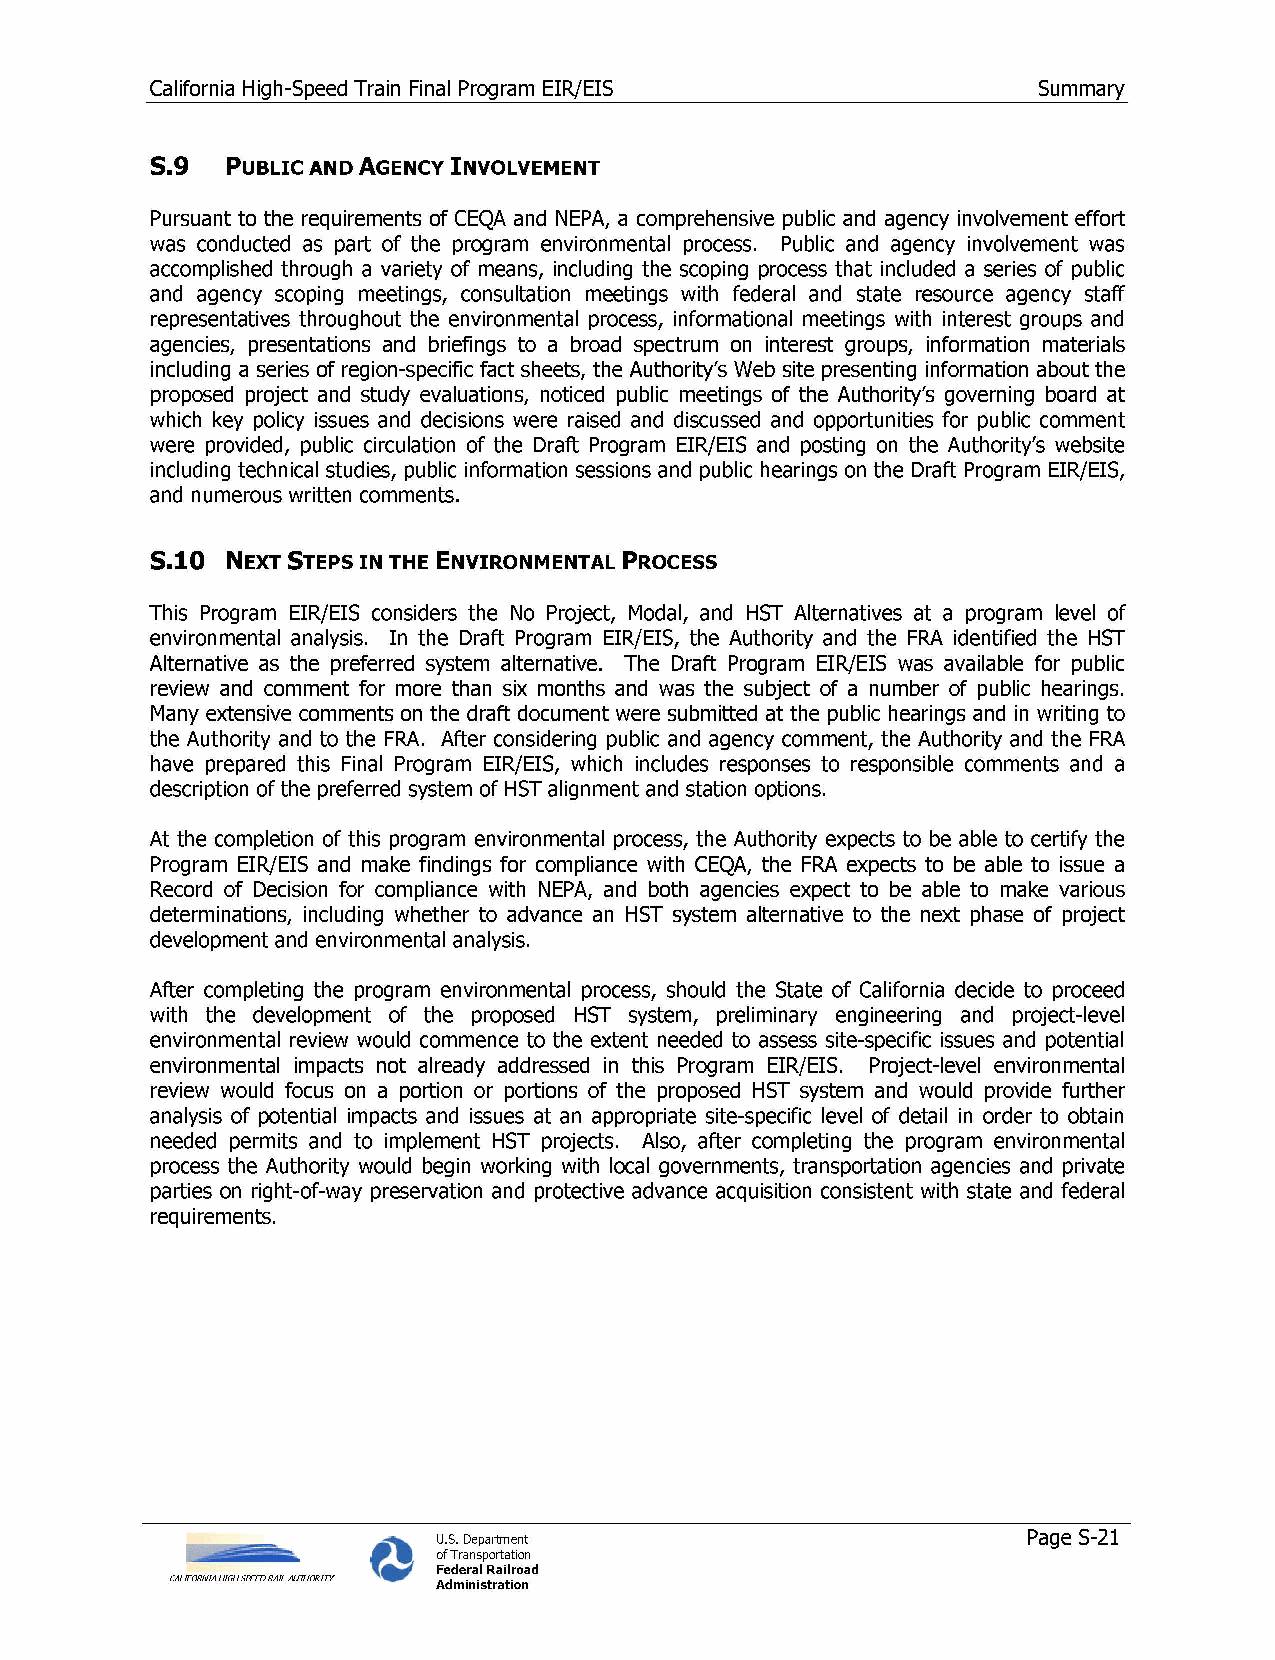
California High-Speed Train Final Program EIR/EIS          Summary
 5.9  PUBLIC AND AGENCY INVOLVEMENT
 Pursuant to the requirements of CEQA and NEPA, a comprehensive public and agency involvement effort
 was conducted as part of the program environmental process. Public and agency involvement was
 accomplished through a variety of means, including the scoping process that included a series of public
 and agency scoping meetings, consultation meetings with federal and state resource agency staff
 representatives throughout the environmental process, informational meetings with interest groups and
 agencies, presentations and briefings to a broad spectrum on interest groups, information materials
 including a series of region-specific fact sheets, the Authority's Web site presenting information about the
 proposed project and study evaluations, noticed public meetings of the Authority's governing board at
 which key policy issues and decisions were raised and discussed and opportunities for public comment
 were provided, public circulation of the Draft Program EIR/EIS and posting on the Authority's website
 including technical studies, public information sessions and public hearings on the Draft Program EIR/EIS,
 and numerous written comments.
 5.10 NEXT STEPS IN THE ENVIRONMENTAL PROCESS
 This Program EIR/EIS considers the No Project, Modal, and HST Alternatives at a program level of
 environmental analysis. In the Draft Program EIR/EIS, the Authority and the FRA identified the HST
 Alternative as the preferred system alternative. The Draft Program EIR/EIS was available for public
 review and comment for more than six months and was the subject of a number of public hearings.
 Many extensive comments on the draft document were submitted at the public hearings and in writing to
 the Authority and to the FRA. After considering public and agency comment, the Authority and the FRA
 have prepared this Final Program EIR/EIS, which includes responses to responsible comments and a
 description of the preferred system of HST alignment and station options.
 At the completion of this program environmental process, the Authority expects to be able to certify the
 Program EIR/EIS and make findings for compliance with CEQA, the FRA expects to be able to issue a
 Record of Decision for compliance with NEPA, and both agencies expect to be able to make various
 determinations, including whether to advance an HST system alternative to the next phase of project
 development and environmental analysis.
 After completing the program environmental process, should the State of California decide to proceed
 with the development of the proposed HST system, preliminary engineering and project-level
 environmental review would commence to the extent needed to assess site-specific issues and potential
 environmental impacts not already addressed in this Program EIR/EIS. Project-level environmental
 review would focus on a portion or portions of the proposed HST system and would provide further
 analysis of potential impacts and issues at an appropriate site-specific level of detail in order to obtain
 needed permits and to implement HST projects. Also, after completing the program environmental
 process the Authority would begin working with local governments, transportation agencies and private
 parties on right-of-way preservation and protective advance acquisition consistent with state and federal
 requirements.
 U.S. Department                        Page S-21
 of Transportation
 Federal Railroad
 CALIFORNIA HIGH 5PEHJ RAIL AUTHCRITY Administration